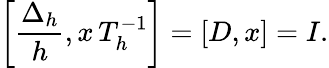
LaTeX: \left[{\frac{\Delta_{h}}{h}},x\, T_{h}^{-1}\right]=[D,x]=I.